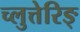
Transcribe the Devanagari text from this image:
च्लुत्तेरिङ्